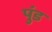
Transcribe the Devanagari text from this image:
पुंड